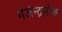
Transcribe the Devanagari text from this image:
गजेन्द्रमोक्ष